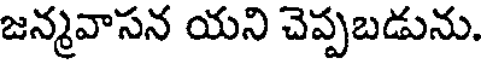
జన్మవాసన యని చెప్పబడును.